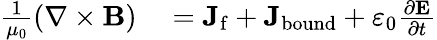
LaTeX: \begin{array}{rl}{{\frac{1}{\mu_{0}}}(\mathbf{\nabla}\times\mathbf{B})}&{{}=\mathbf{J}_{\mathrm{f}}+\mathbf{J}_{\mathrm{bound}}+\varepsilon_{0}{\frac{\partial\mathbf{E}}{\partial t}}}\end{array}